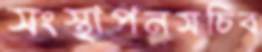
সংস্থাপনসচিব